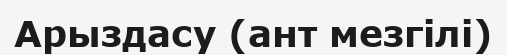
Арыздасу (ант мезгілі)